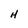
Character: H